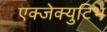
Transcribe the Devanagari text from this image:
एक्जेक्युटिभ